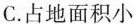
C.占地面积小